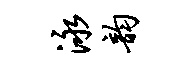
泳韵